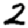
Digit: 2